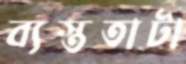
ব্যস্ততাটা